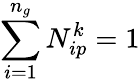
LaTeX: \sum_{i=1}^{n_{g}}N_{ip}^{k}=1